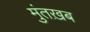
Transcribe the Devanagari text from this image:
मुंतख़ब